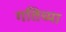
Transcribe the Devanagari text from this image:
गतिच्या